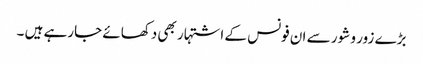
بڑے زور و شور سے ان فونس کے اشتہار بھی دکھائے جارہے ہیں ۔